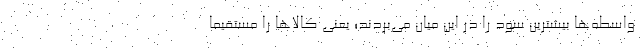
واسطه‌ها بیشترین سود را در این میان می‌بردند؛ یعنی کالاها را مستقیما